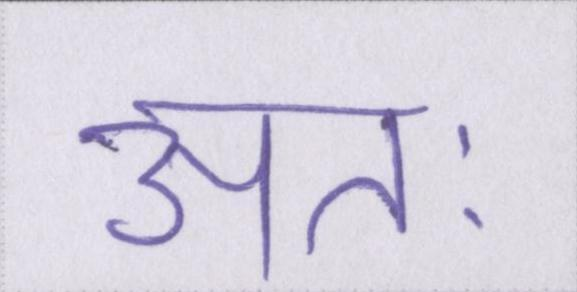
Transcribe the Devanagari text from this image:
अतः